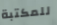
للمكتبة